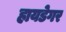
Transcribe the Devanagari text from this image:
हायडेगर